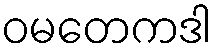
ဝမတေကဒါ